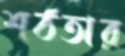
শঠতার